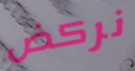
نركض